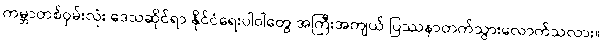
ကမ္ဘာတစ်ဝှမ်းလုံး ဒေသဆိုင်ရာ နိုင်ငံရေးပါဝါတွေ အကြီးအကျယ် ပြဿနာတက်သွားလောက်သလား။